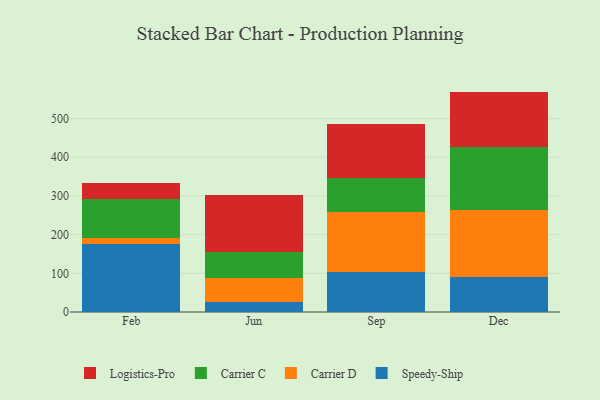
{"axis": {"x": "Month", "y": "Conversion Rate (%)"}, "legend": ["Carrier C", "Carrier D", "Logistics-Pro", "Speedy-Ship"], "data": [{"x": "Feb", "y": 176.6, "type": "Speedy-Ship"}, {"x": "Feb", "y": 13.7, "type": "Carrier D"}, {"x": "Feb", "y": 101.7, "type": "Carrier C"}, {"x": "Feb", "y": 41.4, "type": "Logistics-Pro"}, {"x": "Jun", "y": 25.8, "type": "Speedy-Ship"}, {"x": "Jun", "y": 61.7, "type": "Carrier D"}, {"x": "Jun", "y": 68.6, "type": "Carrier C"}, {"x": "Jun", "y": 147.1, "type": "Logistics-Pro"}, {"x": "Sep", "y": 102.9, "type": "Speedy-Ship"}, {"x": "Sep", "y": 156.0, "type": "Carrier D"}, {"x": "Sep", "y": 88.0, "type": "Carrier C"}, {"x": "Sep", "y": 139.6, "type": "Logistics-Pro"}, {"x": "Dec", "y": 91.4, "type": "Speedy-Ship"}, {"x": "Dec", "y": 173.6, "type": "Carrier D"}, {"x": "Dec", "y": 161.9, "type": "Carrier C"}, {"x": "Dec", "y": 142.9, "type": "Logistics-Pro"}]}